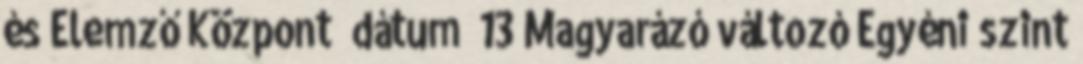
és Elemző Központ dátum 13 Magyarázó változó Egyéni szint